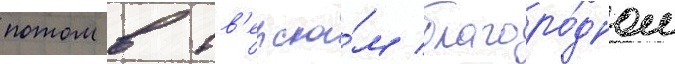
потом в тв'ерско́м благоро́дном